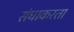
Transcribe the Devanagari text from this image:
संघाकरता